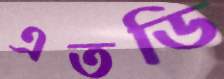
এতডি